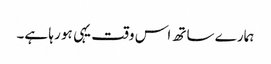
ہمارے ساتھ اس وقت یہی ہو رہا ہے۔